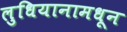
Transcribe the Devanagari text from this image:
लुधियानामधून